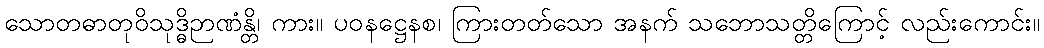
သောတဓာတုဝိသုဒ္ဓိဉာဏံန္တိ၊ ကား။ ပဝနဋ္ဌေနစ၊ ကြားတတ်သော အနက် သဘောသတ္တိကြောင့် လည်းကောင်း။